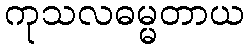
ကုသလဓမ္မတာယ